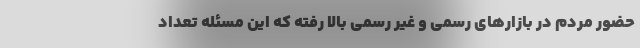
حضور مردم در بازارهای رسمی و غیر رسمی بالا رفته که این مسئله تعداد